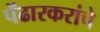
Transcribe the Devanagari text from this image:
पेंढारकरांचे